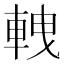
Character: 𨋯